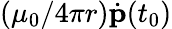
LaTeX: (\mu_{0}/4\pi r)\dot{\mathbf p}(t_{0})